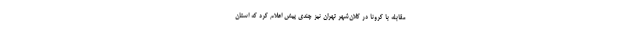
مقابله با کرونا در کلان‌شهر تهران نیز چندی پیش اعلام کرد که استان